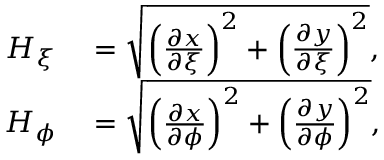
\begin{array} { r l } { H _ { \xi } } & { { } = \sqrt { \left( \frac { \partial x } { \partial \xi } \right) ^ { 2 } + \left( \frac { \partial y } { \partial \xi } \right) ^ { 2 } } , } \\ { H _ { \phi } } & { { } = \sqrt { \left( \frac { \partial x } { \partial \phi } \right) ^ { 2 } + \left( \frac { \partial y } { \partial \phi } \right) ^ { 2 } } , } \end{array}